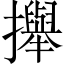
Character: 攑